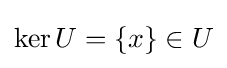
\operatorname {ker} U=\{x\}\in U